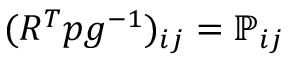
( R ^ { T } p g ^ { - 1 } ) _ { i j } = { \mathbb P } _ { i j }